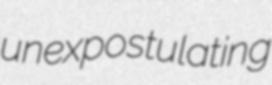
unexpostulating